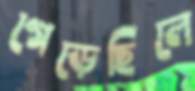
গেড়েছিলে